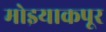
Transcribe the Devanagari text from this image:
मोइयाकपूर